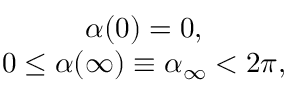
\begin{array} { c } { { \alpha ( 0 ) = 0 , } } \\ { { 0 \leq \alpha ( \infty ) \equiv \alpha _ { \infty } < 2 \pi , } } \end{array}